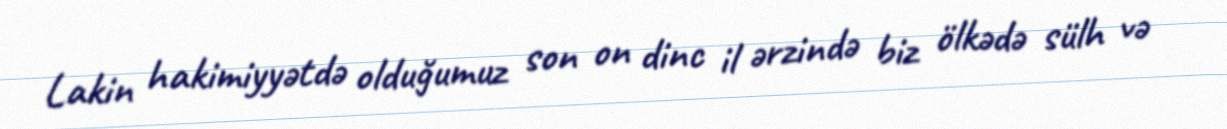
Lakin hakimiyyətdə olduğumuz son on dinc il ərzində biz ölkədə sülh və